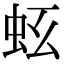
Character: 𧉛